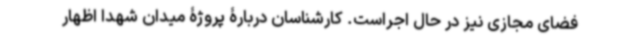
فضای مجازی نیز در حال اجراست. کارشناسان دربارۀ پروژۀ میدان شهدا اظهار